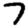
Digit: 7